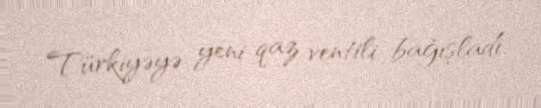
Türkiyəyə yeni qaz ventili bağışladı.